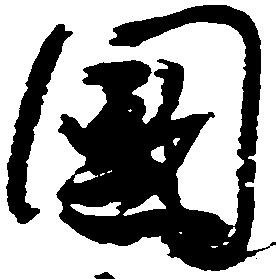
国